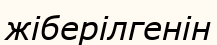
жіберілгенін